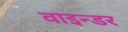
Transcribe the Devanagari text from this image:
वाइन्डर